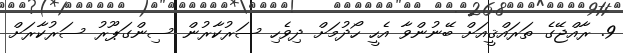
9. ރާއްޖޭގެ ތަރައްޤީއަށް ބޭނުންވާ އެހީ ހޯދުމަށް ދިވެހި ސަރުކާރުން ސިންގަޕޫރު ސަރުކާރަށް